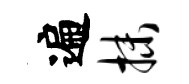
遍抹